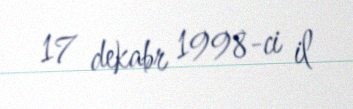
17 dekabr 1998-ci il